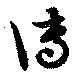
伝